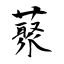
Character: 藂